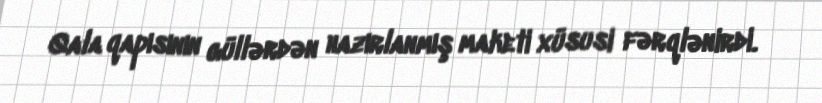
Qala qapısının güllərdən hazırlanmış maketi xüsusi fərqlənirdi.